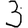
Digit: 3